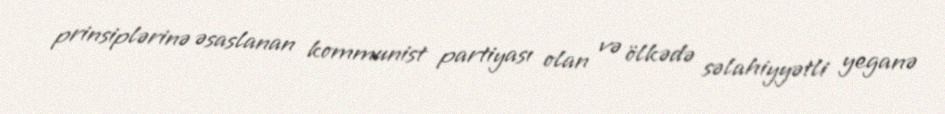
prinsiplərinə əsaslanan kommunist partiyası olan və ölkədə səlahiyyətli yeganə